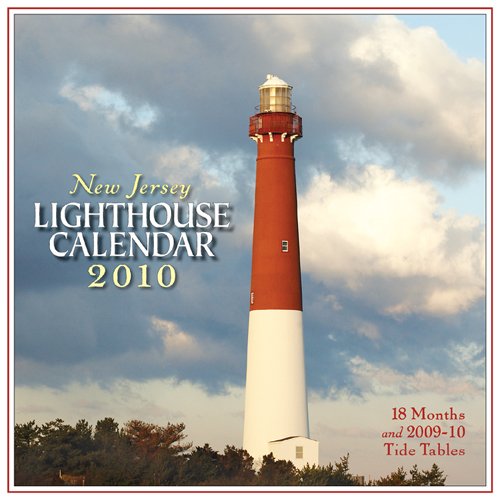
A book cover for New Jersey Lighthouse Calendar 2010; Down The Shore; Calendars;